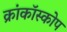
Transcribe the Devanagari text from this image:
क्रांकॉस्कोप